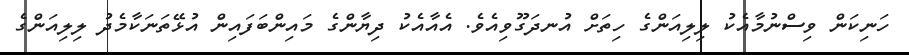
ހަނިކަން ވިސްނުމާއެކު ލިލިއަންގެ ހިތަށް އުނދަގޫވިއެވެ. އެއާއެކު ދިޔާންގެ މައިންބަފައިން އުޅޭތަނަކާމެދު ލިލިއަންގެ